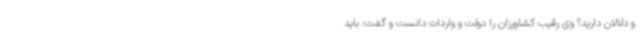
و دلالان دارید؟ وی رقیب کشاورزان را دولت و واردات دانست و گفت: باید